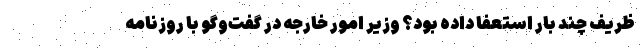
ظریف چند بار استعفا داده بود؟ وزیر امور خارجه در گفت‌وگو با روزنامه